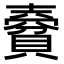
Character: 𧷨